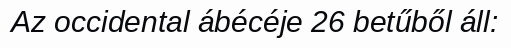
Az occidental ábécéje 26 betűből áll: